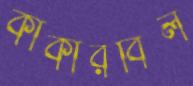
কাকারবিল